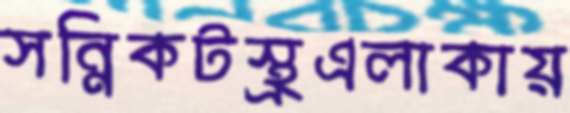
সন্নিকটস্থ্রএলাকায়